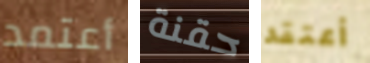
أعتمد حقنة أعتقد